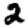
Digit: 2